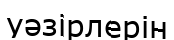
уәзірлерін